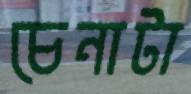
চেনাটা